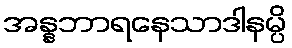
အန္နဘာရနေသာဒါနမ္ပိ